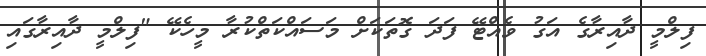
ފިލްމީ ދާއިރާގެ އަގު ވެއްޓޭ ފަދަ ގޮތަކަށް މަސައްކަތްކުރާ މީހެކޭ "ފިލްމީ ދާއިރާގައި